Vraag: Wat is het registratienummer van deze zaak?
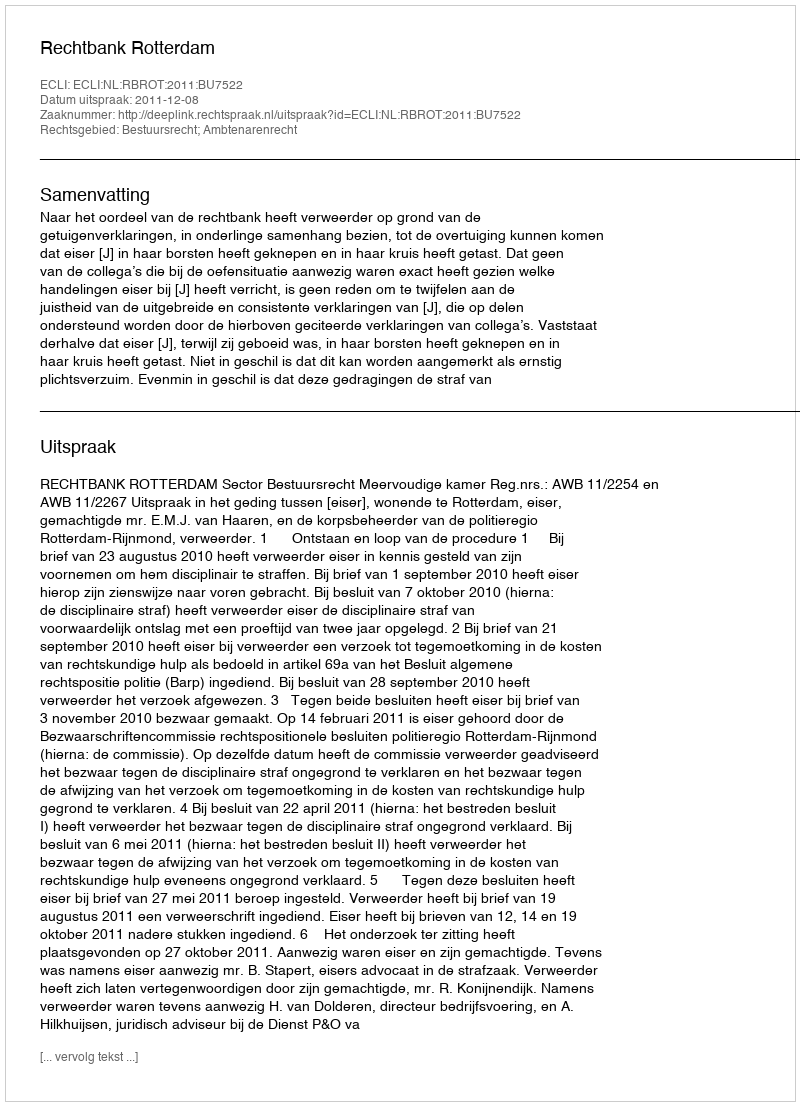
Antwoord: http://deeplink.rechtspraak.nl/uitspraak?id=ECLI:NL:RBROT:2011:BU7522